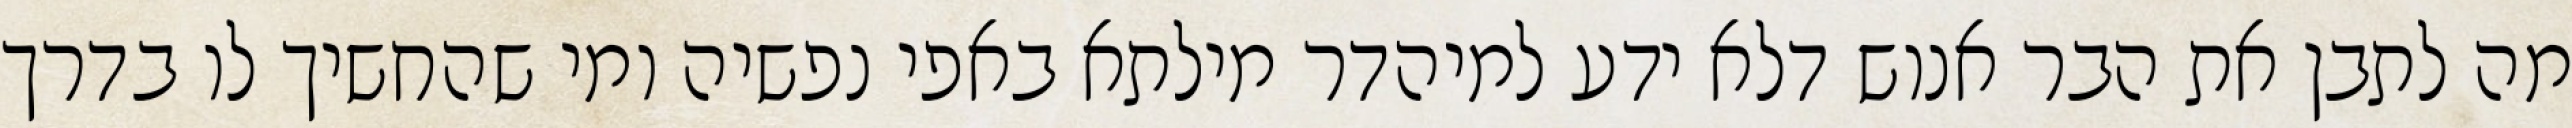
מה לתבן את הבר אנוש דלא ידע למיהדר מילתא באפי נפשיה ומי שהחשיך לו בדרך